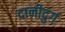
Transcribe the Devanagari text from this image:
दानीदुर्ग